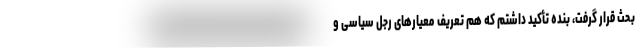
بحث قرار گرفت، بنده تأکید داشتم که هم تعریف معیار‌های رجل سیاسی و